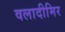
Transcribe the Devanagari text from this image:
वलादीमिर